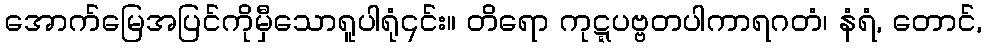
အောက်မြေအပြင်ကိုမှီသောရူပါရုံ၎င်း။ တိရော ကုဋ္ဋပဗ္ဗတပါကာရဂတံ၊ နံရံ, တောင်,